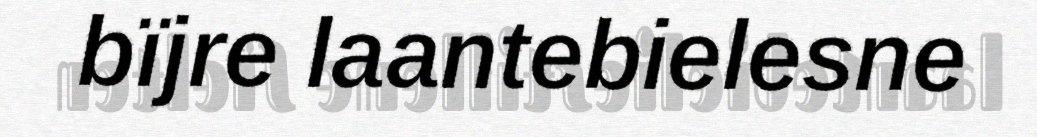
bïjre laantebielesne